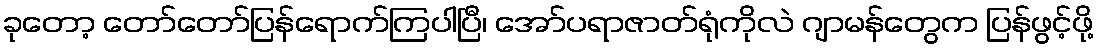
ခုတော့ တော်တော်ပြန်ရောက်ကြပါပြီ၊ အော်ပရာဇာတ်ရုံကိုလဲ ဂျာမန်တွေက ပြန်ဖွင့်ဖို့